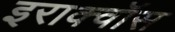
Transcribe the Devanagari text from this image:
इराक्वॉस